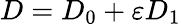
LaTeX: D=D_{0}+\varepsilon D_{1}